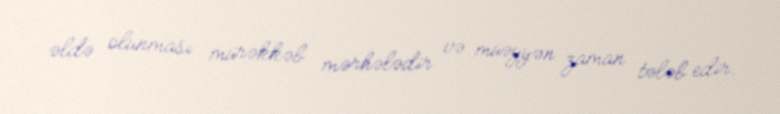
əldə olunması mürəkkəb mərhələdir və müəyyən zaman tələb edir.